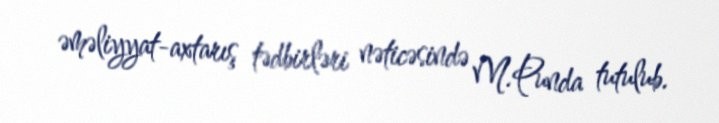
əməliyyat-axtarış tədbirləri nəticəsində M.Punda tutulub.